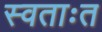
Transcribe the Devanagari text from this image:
स्वताःत